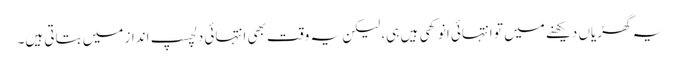
یہ گھڑیاں دیکھنے میں تو انتہائی انوکھی ہیں ہی، لیکن یہ وقت بھی انتہائی دلچسپ انداز میں بتاتی ہیں۔